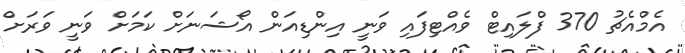
އެމްއެޗު 370 ފްލައިޓް ވެއްޓިފައި ވަނީ އިންޑިއަން އޯޝަނަށް ކަމަށް ވަނީ ވަރަށް